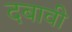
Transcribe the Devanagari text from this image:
दबावी